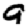
Digit: 9